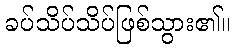
ခပ်သိပ်သိပ်ဖြစ်သွား၏။